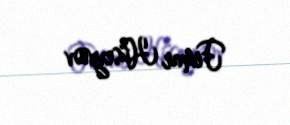
Fimar Hüseynov